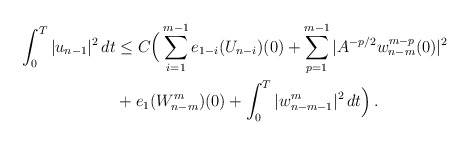
\begin{align*}\int_0^T |u_{n-1}|^2 \,dt & \le C\Big(\sum_{i=1}^{m-1} e_{1-i}(U_{n-i})(0) + \sum_{p=1}^{m-1} |A^{-p/2} w_{n-m}^{m-p}(0)|^2 \\&+ e_1(W^{m}_{n-m})(0) + \int_0^T |w_{n-m-1}^{m}|^2\,dt\Big) \,.\end{align*}